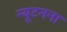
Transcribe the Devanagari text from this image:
न्यूटनना